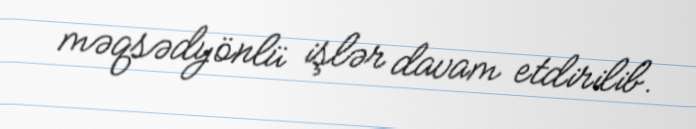
məqsədyönlü işlər davam etdirilib.